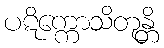
ပဋိက္ကောသိတုန္တိ